Annual report of the Civil Veterinary Department, Bengal, and of the Bengal Veterinary College for the year 1905-1906 - 1905-1906
Year: 1905
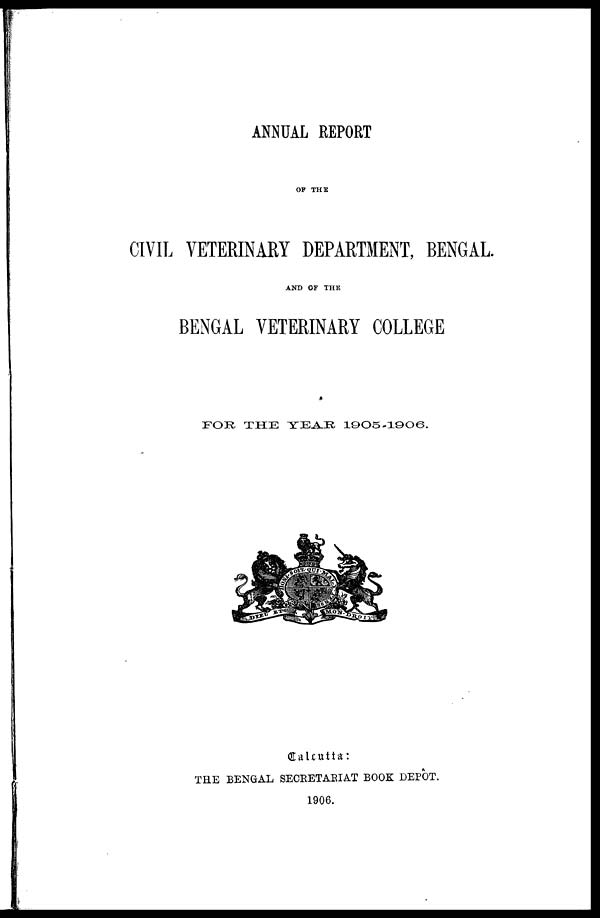
ANNUAL REPORT
OF THE
CIVIL VETERINARY DEPARTMENT, BENGAL.
AND OF THE
BENGAL VETERINARY COLLEGE
FOR THE YEAR 1905-1906.
Calcutta:
THE BENGAL SECRETARIAT BOOK DEPOT.
1906.